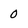
Character: 0